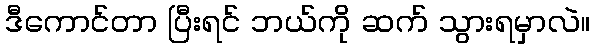
ဒီကောင်တာ ပြီးရင် ဘယ်ကို ဆက် သွားရမှာလဲ။